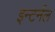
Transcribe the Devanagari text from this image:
इन्टर्नल